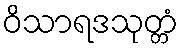
ဝိသာရဒသုတ္တံ